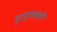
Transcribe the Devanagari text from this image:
मुत्थुलक्षमी